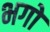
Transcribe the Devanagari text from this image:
भगों